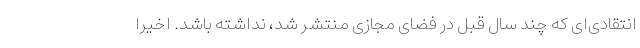
انتقادی‌ای که چند سال قبل در فضای مجازی منتشر شد، نداشته باشد. اخیرا